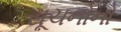
સૂચનોનો